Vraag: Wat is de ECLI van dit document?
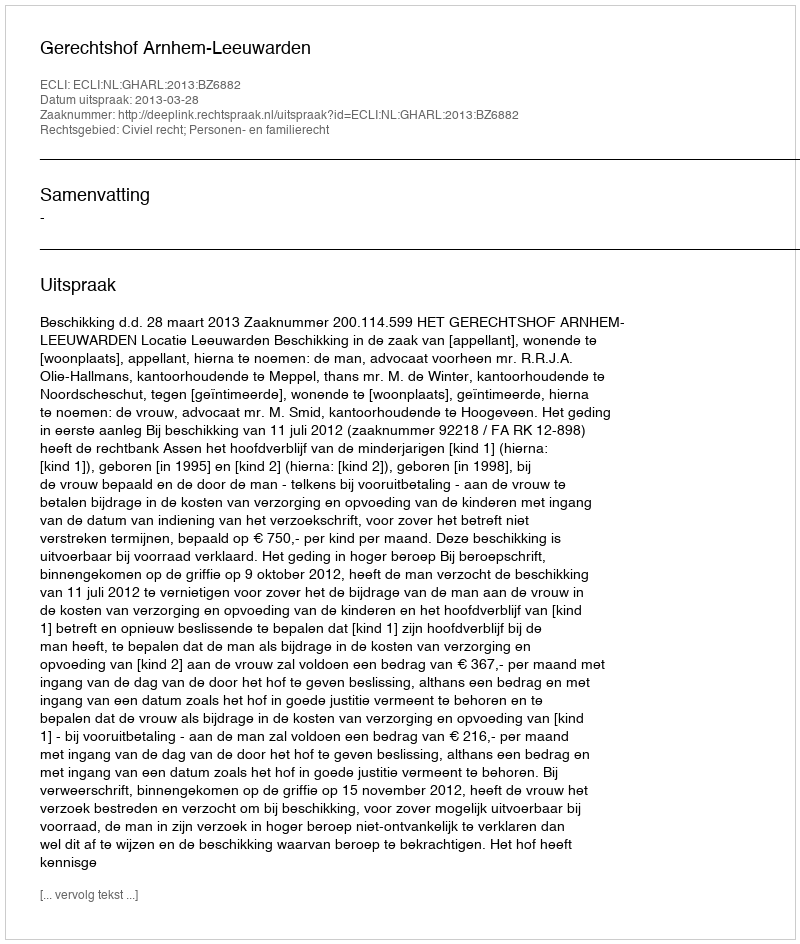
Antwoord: ECLI:NL:GHARL:2013:BZ6882